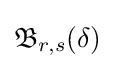
{\mathfrak {B}}_{r,s}(\delta )